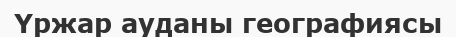
Үржар ауданы географиясы